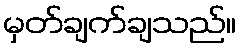
မှတ်ချက်ချသည်။